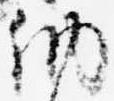
納